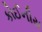
કોઈનીય